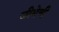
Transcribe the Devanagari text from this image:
जीभेची